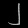
Digit: ၂